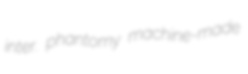
inter. phantomy machine-made